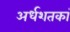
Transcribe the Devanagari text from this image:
अर्धशतकां